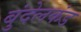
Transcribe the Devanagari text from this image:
बुंदेलकंड